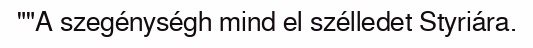
""A szegénységh mind el szélledet Styriára.